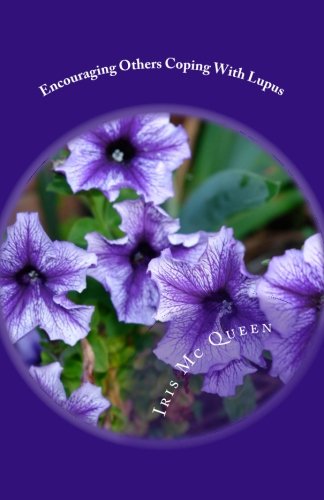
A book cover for Encouraging Others Coping With Lupus: You Are Not Alone; Iris Dwenda Mc Queen; Health, Fitness & Dieting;